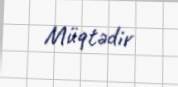
Müqtədir